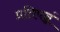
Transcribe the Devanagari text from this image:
प्रतिपन्नं